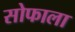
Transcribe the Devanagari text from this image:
सोफाला